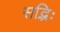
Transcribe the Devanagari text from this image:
सद्भिः